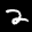
Label: 2